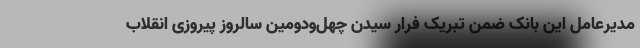
مدیرعامل این بانک ضمن تبریک فرار سیدن چهل‌ودومین سالروز پیروزی انقلاب